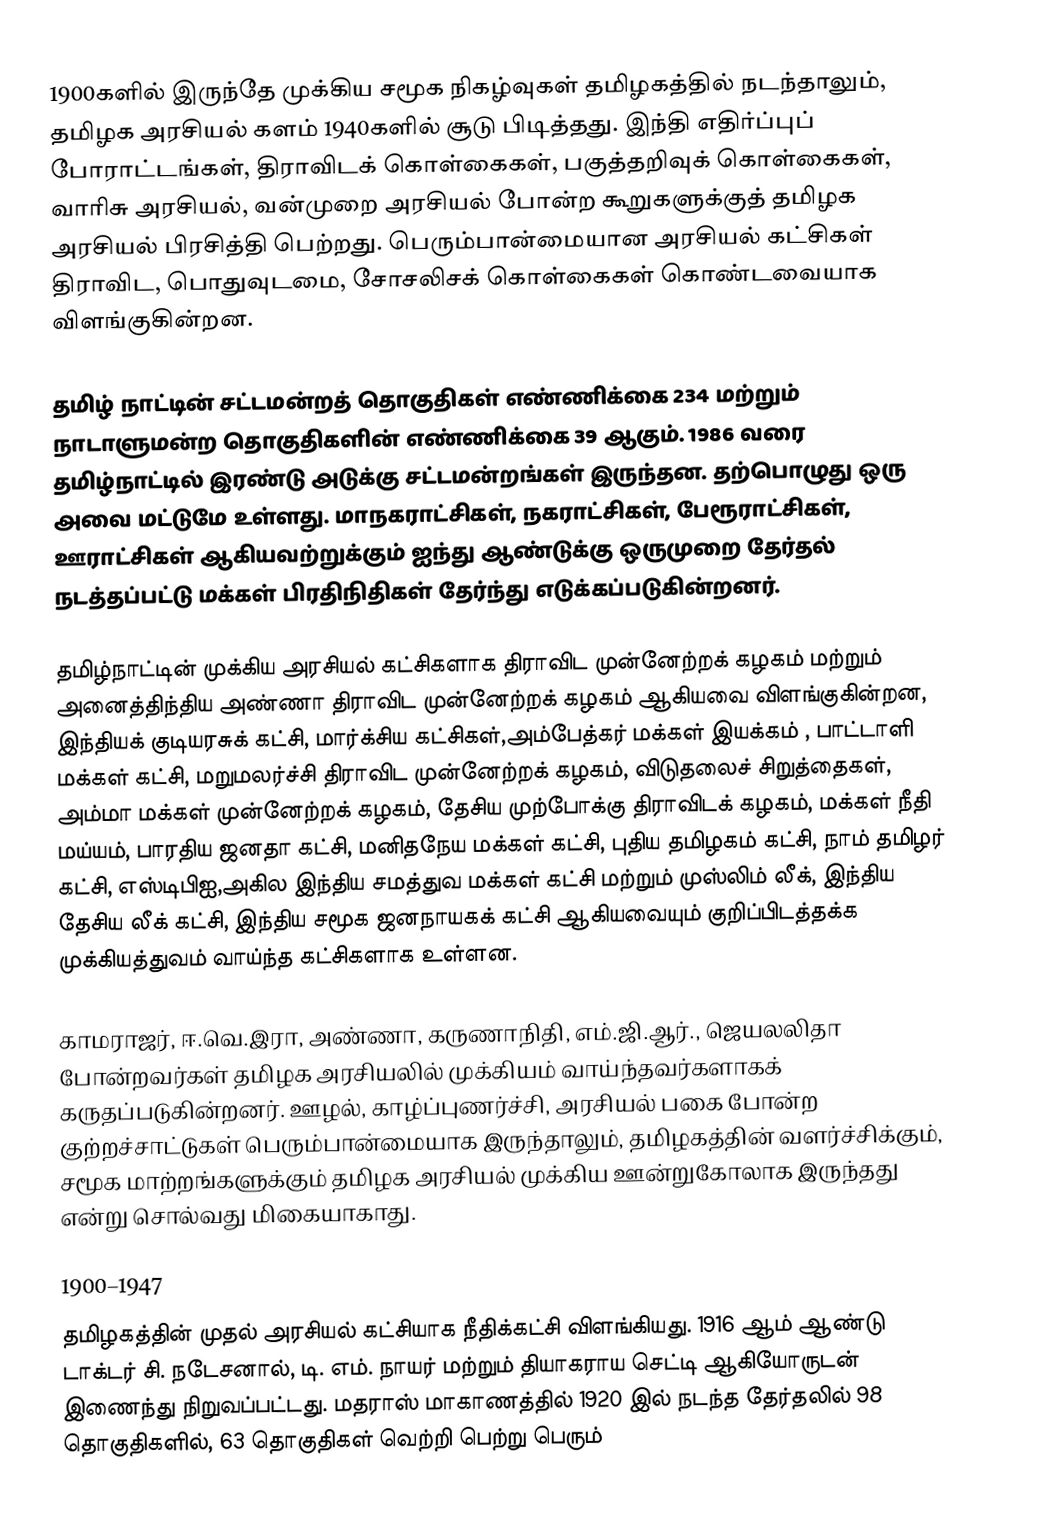
1900களில் இருந்தே முக்கிய சமூக நிகழ்வுகள் தமிழகத்தில் நடந்தாலும், தமிழக அரசியல் களம் 1940களில் சூடு பிடித்தது. இந்தி எதிர்ப்புப் போராட்டங்கள், திராவிடக் கொள்கைகள், பகுத்தறிவுக் கொள்கைகள், வாரிசு அரசியல், வன்முறை அரசியல் போன்ற கூறுகளுக்குத் தமிழக அரசியல் பிரசித்தி பெற்றது. பெரும்பான்மையான அரசியல் கட்சிகள் திராவிட, பொதுவுடமை, சோசலிசக் கொள்கைகள் கொண்டவையாக விளங்குகின்றன.

தமிழ் நாட்டின் சட்டமன்றத் தொகுதிகள் எண்ணிக்கை 234 மற்றும் நாடாளுமன்ற தொகுதிகளின் எண்ணிக்கை 39 ஆகும். 1986 வரை தமிழ்நாட்டில் இரண்டு அடுக்கு சட்டமன்றங்கள் இருந்தன. தற்பொழுது ஒரு அவை மட்டுமே உள்ளது. மாநகராட்சிகள், நகராட்சிகள், பேரூராட்சிகள், ஊராட்சிகள் ஆகியவற்றுக்கும் ஐந்து ஆண்டுக்கு ஒருமுறை தேர்தல் நடத்தப்பட்டு மக்கள் பிரதிநிதிகள் தேர்ந்து எடுக்கப்படுகின்றனர்.

தமிழ்நாட்டின் முக்கிய அரசியல் கட்சிகளாக திராவிட முன்னேற்றக் கழகம் மற்றும் அனைத்திந்திய அண்ணா திராவிட முன்னேற்றக் கழகம் ஆகியவை விளங்குகின்றன, இந்தியக் குடியரசுக் கட்சி, மார்க்சிய கட்சிகள்,அம்பேத்கர் மக்கள் இயக்கம் , பாட்டாளி மக்கள் கட்சி, மறுமலர்ச்சி திராவிட முன்னேற்றக் கழகம், விடுதலைச் சிறுத்தைகள், அம்மா மக்கள் முன்னேற்றக் கழகம், தேசிய முற்போக்கு திராவிடக் கழகம், மக்கள் நீதி மய்யம், பாரதிய ஜனதா கட்சி, மனிதநேய மக்கள் கட்சி, புதிய தமிழகம் கட்சி, நாம் தமிழர் கட்சி, எஸ்டிபிஐ,அகில இந்திய சமத்துவ மக்கள் கட்சி மற்றும் முஸ்லிம் லீக், இந்திய தேசிய லீக் கட்சி, இந்திய சமூக ஜனநாயகக் கட்சி ஆகியவையும் குறிப்பிடத்தக்க முக்கியத்துவம் வாய்ந்த கட்சிகளாக உள்ளன.

காமராஜர், ஈ.வெ.இரா, அண்ணா, கருணாநிதி, எம்.ஜி.ஆர்., ஜெயலலிதா போன்றவர்கள் தமிழக அரசியலில் முக்கியம் வாய்ந்தவர்களாகக் கருதப்படுகின்றனர். ஊழல், காழ்ப்புணர்ச்சி, அரசியல் பகை போன்ற குற்றச்சாட்டுகள் பெரும்பான்மையாக இருந்தாலும், தமிழகத்தின் வளர்ச்சிக்கும், சமூக மாற்றங்களுக்கும் தமிழக அரசியல் முக்கிய ஊன்றுகோலாக இருந்தது என்று சொல்வது மிகையாகாது.

1900–1947
தமிழகத்தின் முதல் அரசியல் கட்சியாக நீதிக்கட்சி விளங்கியது. 1916 ஆம் ஆண்டு டாக்டர் சி. நடேசனால்,  டி. எம். நாயர் மற்றும் தியாகராய செட்டி ஆகியோருடன் இணைந்து நிறுவப்பட்டது. மதராஸ் மாகாணத்தில் 1920 இல் நடந்த தேர்தலில் 98 தொகுதிகளில், 63 தொகுதிகள் வெற்றி பெற்று பெரும்